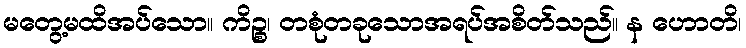
မတွေ့မထိအပ်သော။ ကိဉ္စ၊ တစုံတခုသောအရပ်အစိတ်သည်။ န ဟောတိ၊